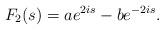
LaTeX: \begin{align*} F_2(s)=a e^{2is}-b e^{-2is}.\end{align*}